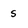
Character: s